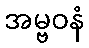
အမ္ဗဝနံ